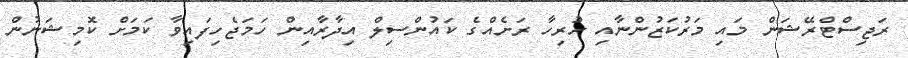
ރަޖިސްޓްރޭޝަން މައި މަރުކަޒުންނާއި ހުރިހާ ރަށެއްގެ ކައުންސިލް އިދާރާއިން ހަމަޖެހިފައިވާ ކަމަށް ކޮމިޝަނުން